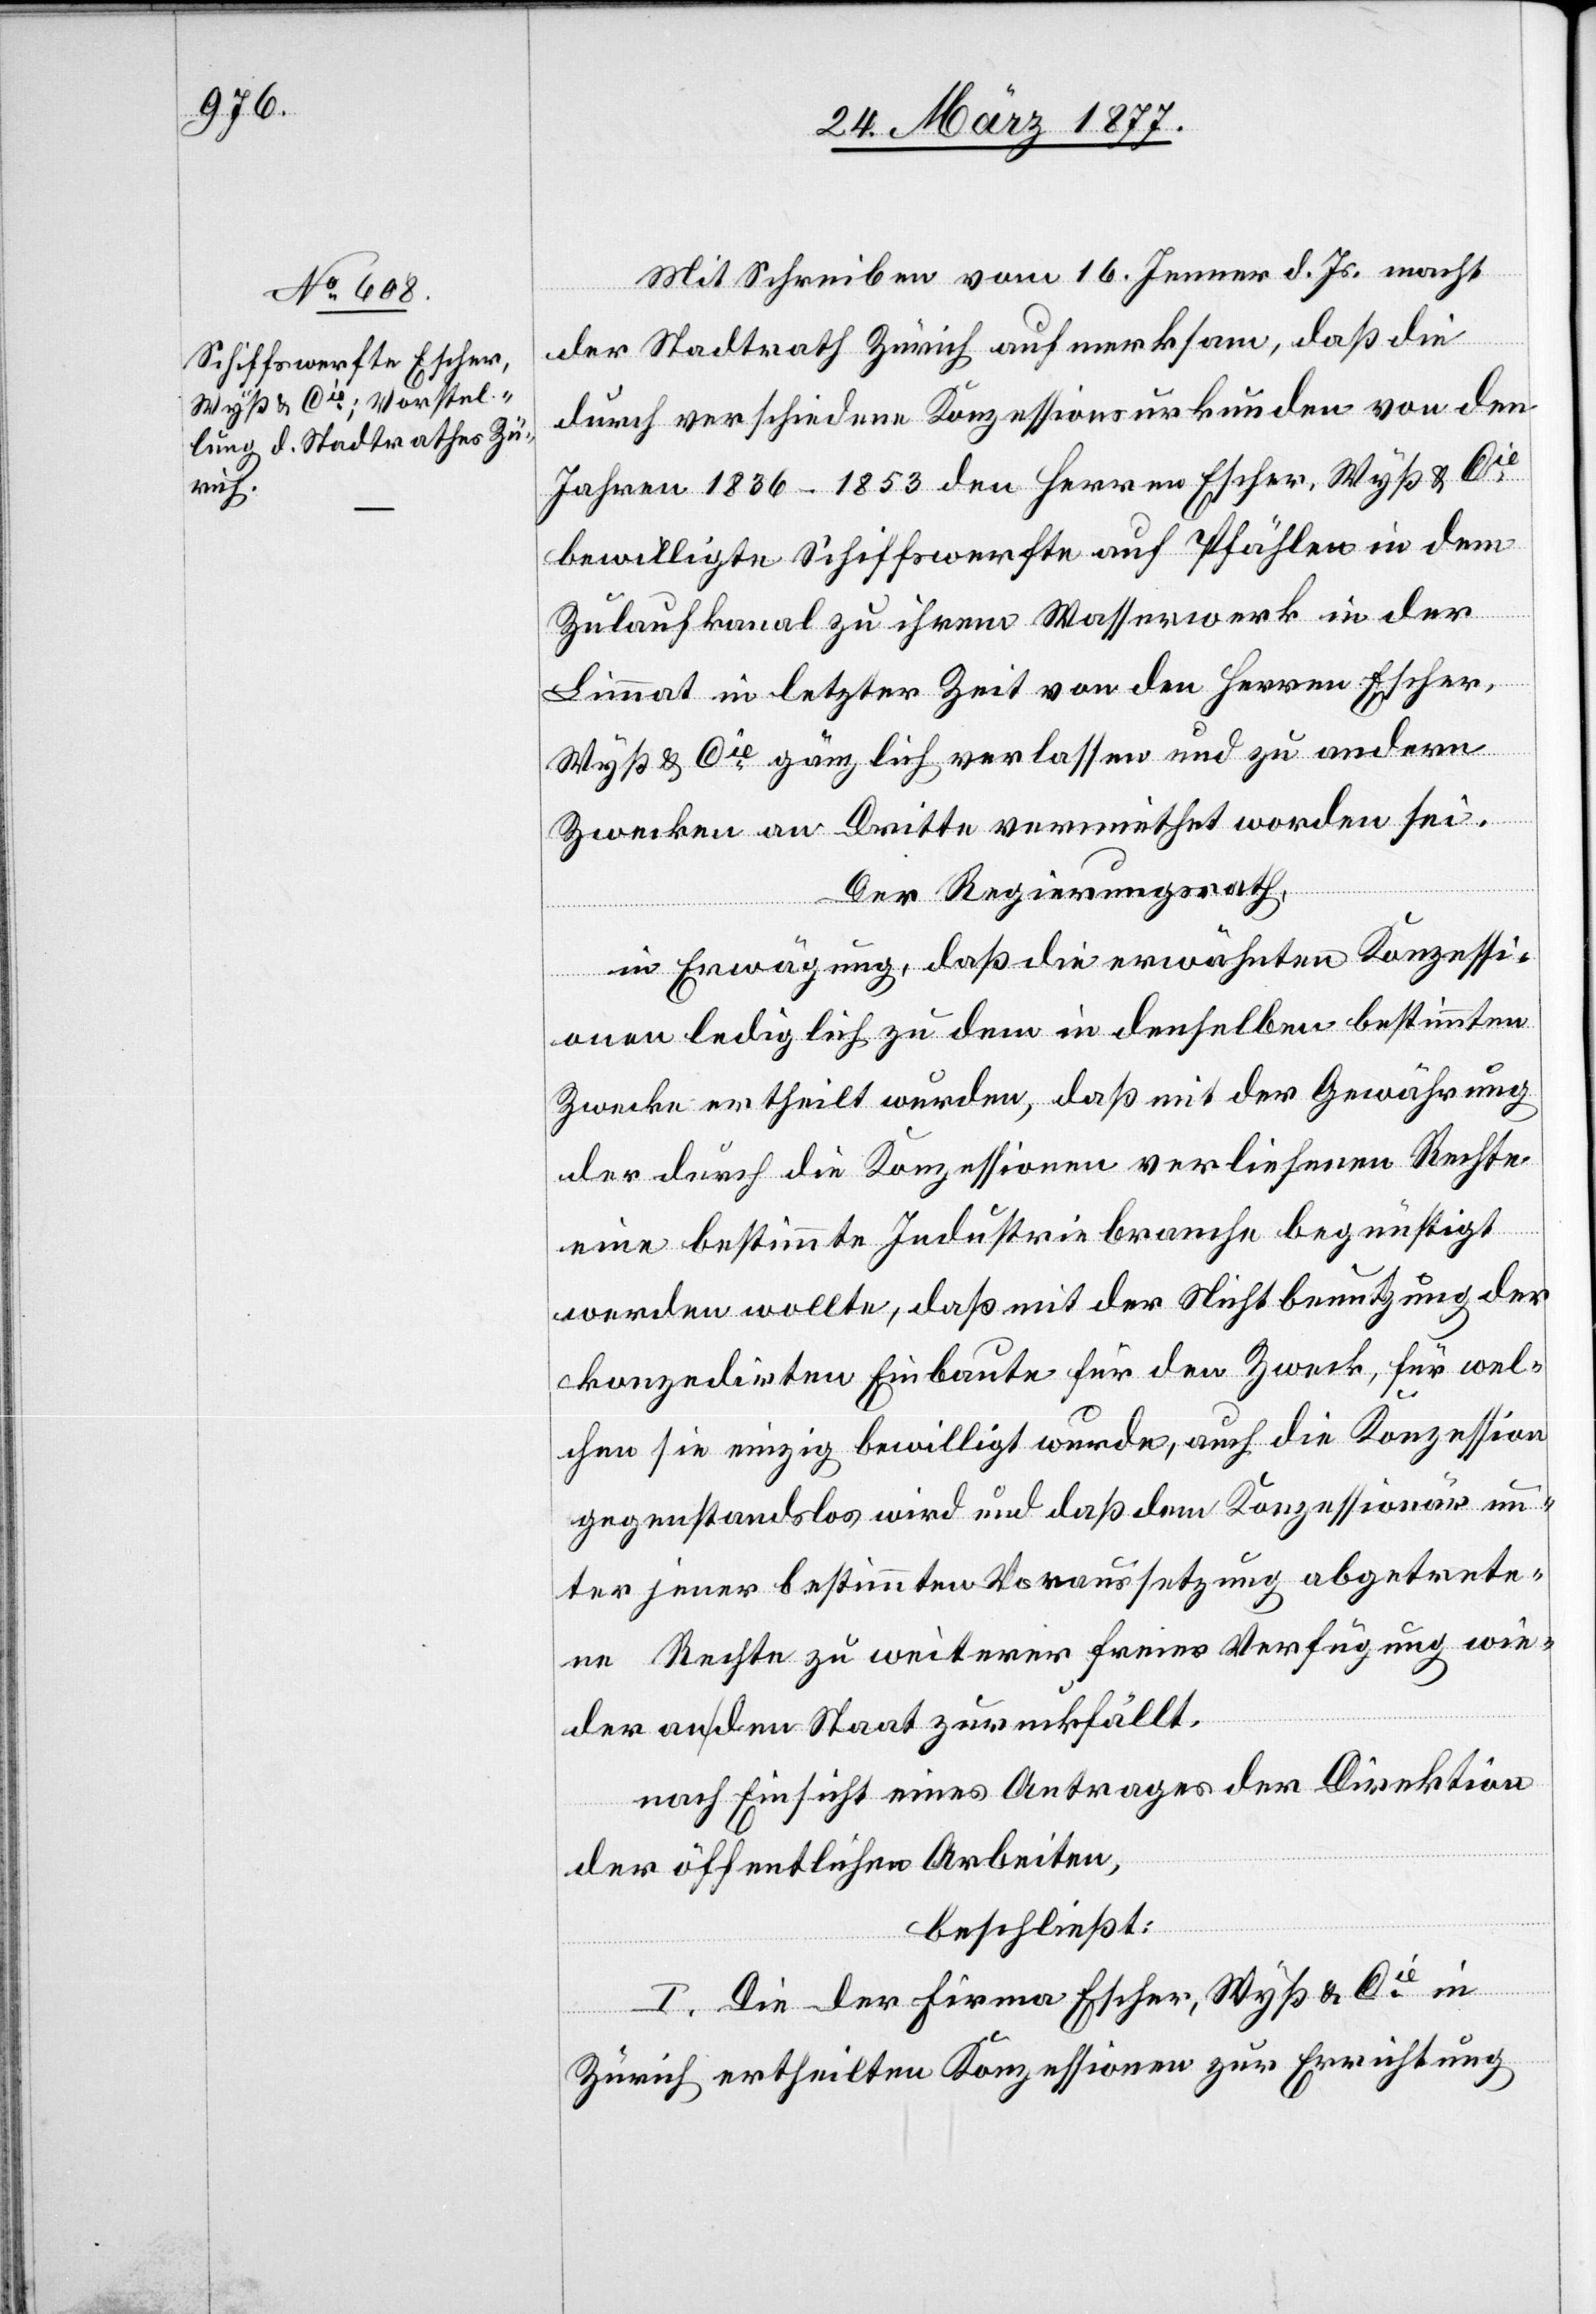
Mit Schreiben vom 16. Jenner d. Js. macht
der Stadtrath Zürich aufmerksam, daß die
durch verschiedene Konzessionsurkunden von den
Jahren 1836–1853 den Herren Escher, Wyß & Cie
bewilligte Schiffswerfte auf Pfählen in dem
Zulaufkanal zu ihrem Wasserwerk in der
Limmat in letzter Zeit von den Herren Escher,
Wyß & Cie gänzlich verlassen und zu andern
Zwecken an Dritte vermiethet worden sei.
Der Regierungsrath,
in Erwägung, daß die erwähnten Konzessi¬
onen lediglich zu dem in denselben bestimmten
Zwecke ertheilt wurden, daß mit der Gewährung
der durch die Konzessionen verliehenen Rechte
eine bestimmte Industriebranche begünstigt
werden wollte, daß mit der Nichtbenutzung der
konzedirten Einbaute für den Zweck, für wel¬
chen sie einzig bewilligt wurde, auch die Konzession
gegenstandslos wird und daß dem Konzessionär un¬
ter jener bestimmten Voraussetzung abgetrete¬
ne Rechte zu weiterer freier Verfügung wie¬
der an den Staat zurückfällt.
nach Einsicht eines Antrages der Direktion
der öffentlichen Arbeiten,
beschließt:
I. Die der Firma Escher, Wyß & Cie in
Zürich ertheilten Konzessionen zur Errichtung